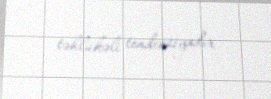
təhlükəli tendensiyadır.